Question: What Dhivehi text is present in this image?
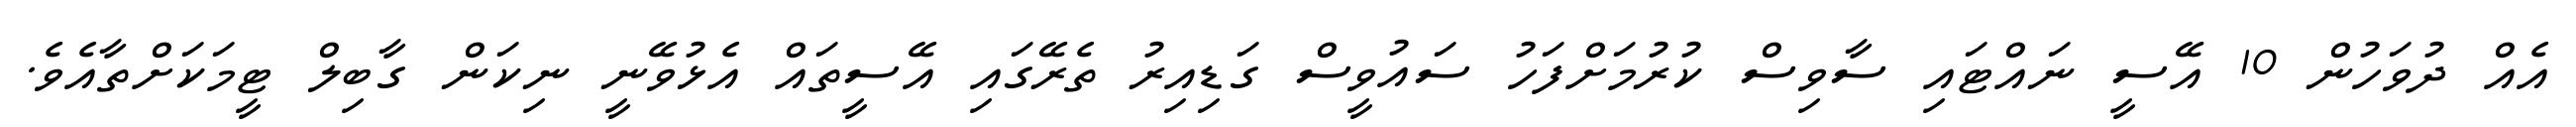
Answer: އެއް ދުވަހުން 10 އޭސީ ނައްޓައި ސާވިސް ކުރުމަށްފަހު ސައުވީސް ގަޑިއިރު ތެރޭގައި އޭސީތައް އެޅުވޭނީ ނިކަން ގާބިލް ޓީމަކަށްތާއެވެ.